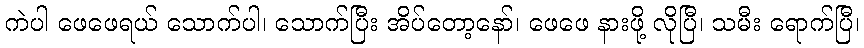
ကဲပါ ဖေဖေရယ် သောက်ပါ၊ သောက်ပြီး အိပ်တော့နော်၊ ဖေဖေ နားဖို့ လိုပြီ၊ သမီး ရောက်ပြီ၊